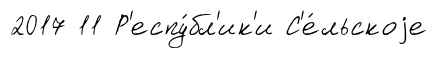
2017 11 Р'еспу́бл'ик'и С'е́льскоjе